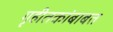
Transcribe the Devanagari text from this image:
गृहीतकांबाबत